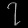
Digit: ၇